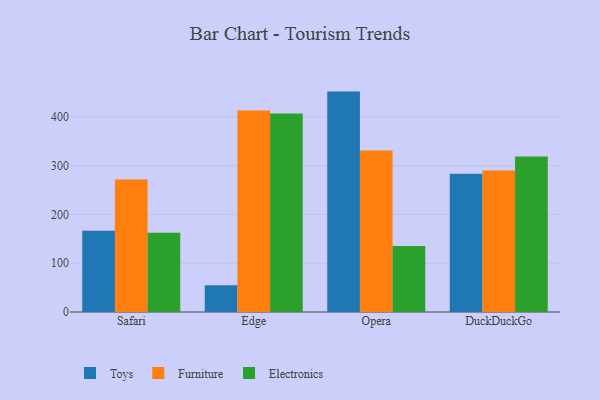
{"axis": {"x": "Browser", "y": "Page Views"}, "legend": ["Electronics", "Furniture", "Toys"], "data": [{"x": "Safari", "y": 166.3, "type": "Toys"}, {"x": "Safari", "y": 271.5, "type": "Furniture"}, {"x": "Safari", "y": 162.2, "type": "Electronics"}, {"x": "Edge", "y": 55.0, "type": "Toys"}, {"x": "Edge", "y": 413.0, "type": "Furniture"}, {"x": "Edge", "y": 406.8, "type": "Electronics"}, {"x": "Opera", "y": 451.8, "type": "Toys"}, {"x": "Opera", "y": 331.3, "type": "Furniture"}, {"x": "Opera", "y": 135.1, "type": "Electronics"}, {"x": "DuckDuckGo", "y": 283.6, "type": "Toys"}, {"x": "DuckDuckGo", "y": 290.3, "type": "Furniture"}, {"x": "DuckDuckGo", "y": 318.8, "type": "Electronics"}]}